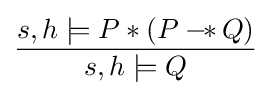
{\frac {s,h\models P\ast (P-\!\!\ast \,Q)}{s,h\models Q}}